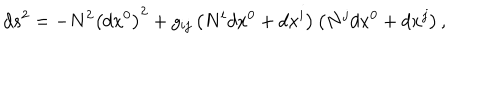
LaTeX: d s _ { { } } ^ { 2 } = - N ^ { 2 } \left( d x ^ { 0 } \right) ^ { 2 } + g _ { i j } \left( N ^ { i } d x ^ { 0 } + d x ^ { i } \right) \left( N ^ { j } d x ^ { 0 } + d x ^ { j } \right) ,